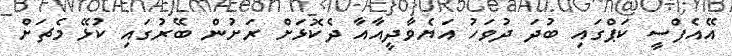
އޭއެފްސީ ކަޕްގައި ބުދަ ދުވަހު އަޔެވާދީއާއާ ދެކޮޅަށް ރަށުން ބޭރުގައި ކުޅޭ މެޗަށް